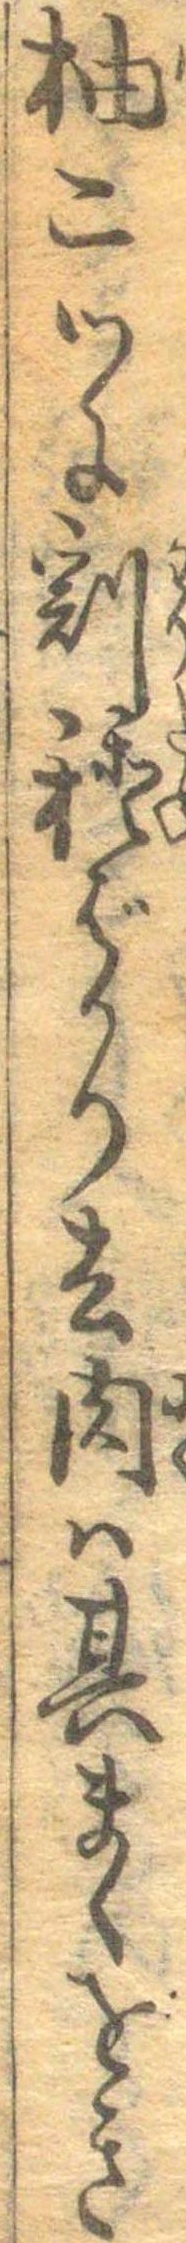
柚二つに割種ばかり去肉は其まゝをき